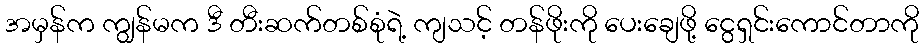
အမှန်က ကျွန်မက ဒီ တီးဆက်တစ်စုံရဲ့ ကျသင့် တန်ဖိုးကို ပေးချေဖို့ ငွေရှင်းကောင်တာကို